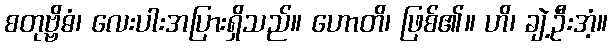
စတုဗ္ဗိဓံ၊ လေးပါးအပြားရှိသည်။ ဟောတိ၊ ဖြစ်၏။ ဟိ၊ ချဲ့ဦးအံ့။